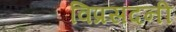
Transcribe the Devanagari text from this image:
विप्रसदनी